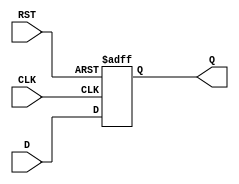
module input_register (
    input wire D,        // Data input
    input wire CLK,      // Clock input
    input wire RST,      // Asynchronous reset
    output reg Q         // Data output
);

// Sequential logic to capture data on the rising edge of the clock
always @(posedge CLK or posedge RST) begin
    if (RST) begin
        Q <= 1'b0;      // Clear the register output to 0 on reset
    end else begin
        Q <= D;         // Capture data input on clock edge
    end
end

endmodule